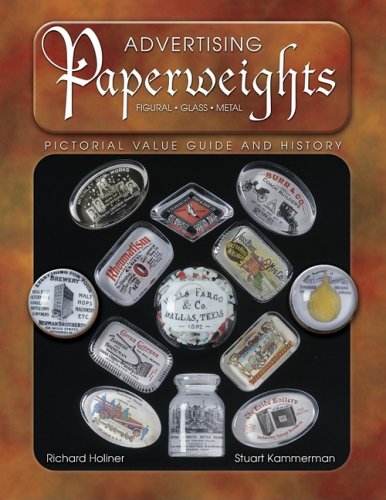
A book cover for Advertising Paperweights Pictorial Value Guide & History; Richard Holiner; Crafts, Hobbies & Home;